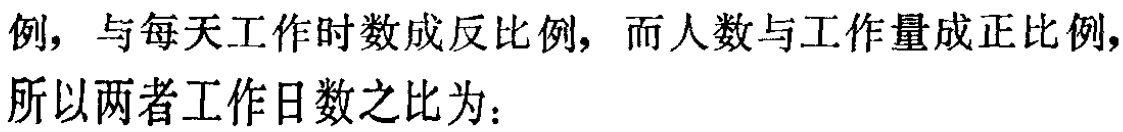
例，与每天工作时数成反比例，而人数与工作量成正比例，

所以两者工作日数之比为：